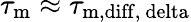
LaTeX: \tau_{\mathrm{m}}\approx\tau_{\mathrm{m,diff,\ delta}}